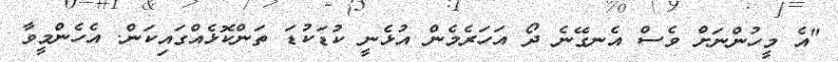
"އެ މީހުންނަށް ވެސް އެނގޭނެ ދޯ އަހަރެމެން އުޅެނީ ކުޑަކުޑަ ތަންކޮޅެއްގައިކަން. އެހެންމީވާ